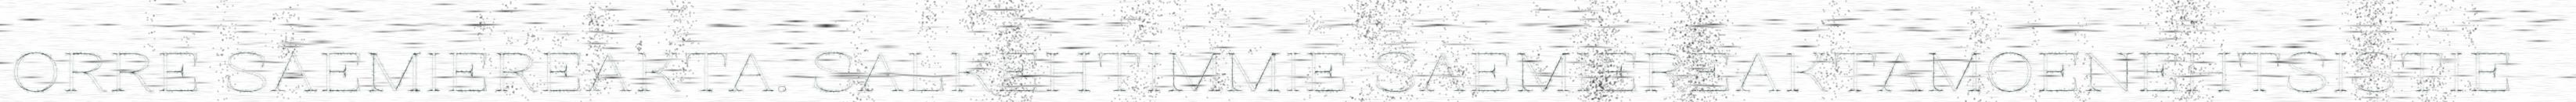
ORRE SAEMIEREAKTA. SALKEHTIMMIE SAEMIEREAKTAMOENEHTSISTIE